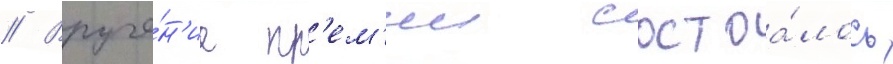
// Вруче́н'ие пр'ем'ии состоа́лось